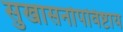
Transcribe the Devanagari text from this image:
सुखासनोपविष्टाय